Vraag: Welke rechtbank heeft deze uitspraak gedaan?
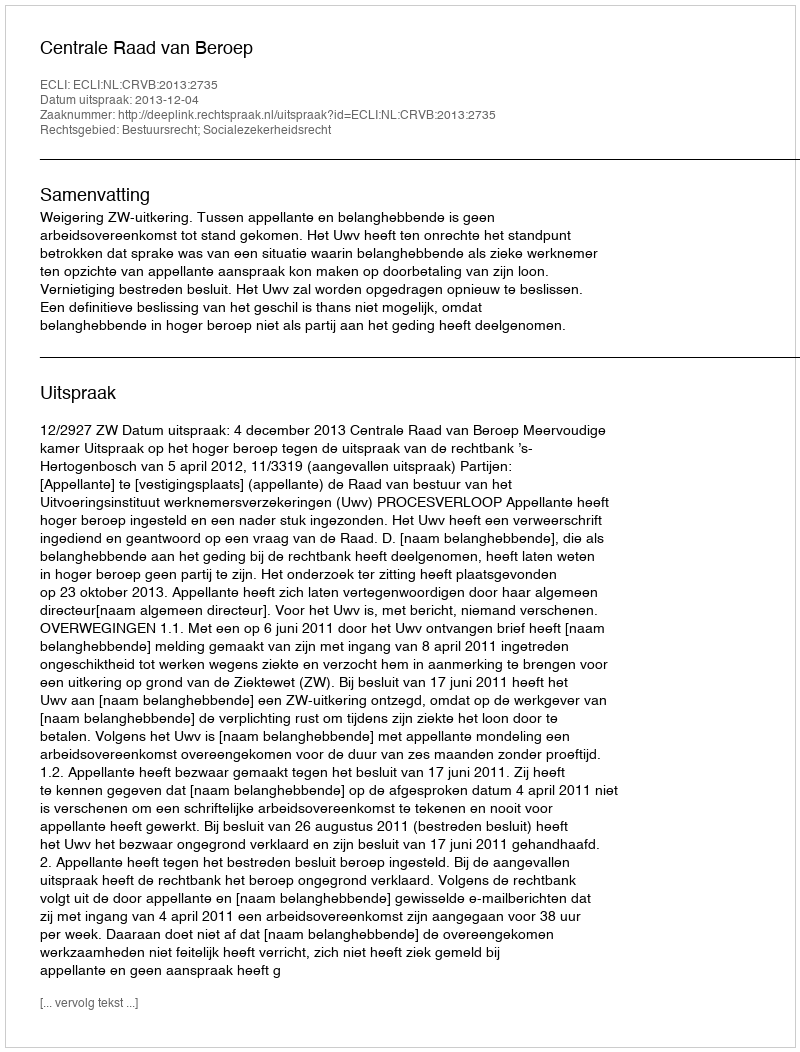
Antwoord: Centrale Raad van Beroep